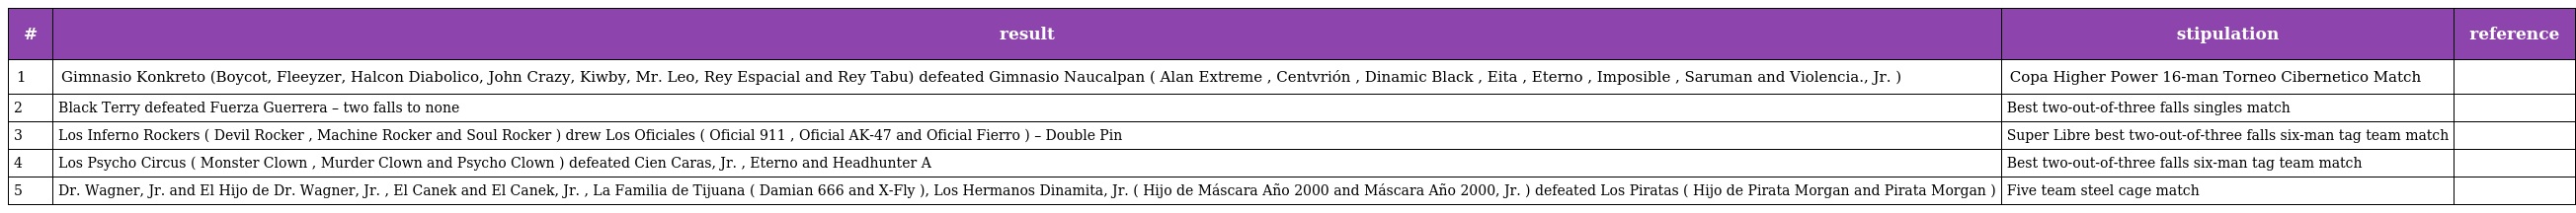
| # | result | stipulation | reference |
 | --- | --- | --- | --- |
 | 1 | Gimnasio Konkreto (Boycot, Fleeyzer, Halcon Diabolico, John Crazy, Kiwby, Mr. Leo, Rey Espacial and Rey Tabu) defeated Gimnasio Naucalpan ( Alan Extreme , Centvrión , Dinamic Black , Eita , Eterno , Imposible , Saruman and Violencia., Jr. ) | Copa Higher Power 16-man Torneo Cibernetico Match |  |
 | 2 | Black Terry defeated Fuerza Guerrera – two falls to none | Best two-out-of-three falls singles match |  |
 | 3 | Los Inferno Rockers ( Devil Rocker , Machine Rocker and Soul Rocker ) drew Los Oficiales ( Oficial 911 , Oficial AK-47 and Oficial Fierro ) – Double Pin | Super Libre best two-out-of-three falls six-man tag team match |  |
 | 4 | Los Psycho Circus ( Monster Clown , Murder Clown and Psycho Clown ) defeated Cien Caras, Jr. , Eterno and Headhunter A | Best two-out-of-three falls six-man tag team match |  |
 | 5 | Dr. Wagner, Jr. and El Hijo de Dr. Wagner, Jr. , El Canek and El Canek, Jr. , La Familia de Tijuana ( Damian 666 and X-Fly ), Los Hermanos Dinamita, Jr. ( Hijo de Máscara Año 2000 and Máscara Año 2000, Jr. ) defeated Los Piratas ( Hijo de Pirata Morgan and Pirata Morgan ) | Five team steel cage match |  |